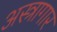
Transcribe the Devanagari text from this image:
अस्त्रागार